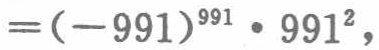
\(=(-991)^{991}\cdot 991^{2},\)